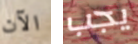
الآن يجب